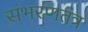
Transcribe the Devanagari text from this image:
संभरणतंत्र